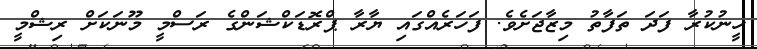
ހީނުކުރާ ފަދަ ތަފާތު މިޒާޖަށެވެ. ފަހަރެއްގައި ޔާރާ ޕްރޮޑަކްޝަންގެ ރަސްމީ މޫނަކަށް ރިޝްމީ